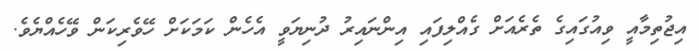
އިޖުތިމާއީ ވިއުގައިގެ ތެރެއަށް ގެއްލިފައި އިންނައިރު ދުނިޔަވީ އެހެން ކަމަކަށް ހޭވެރިކަން ވޭހެއްޔެވެ.